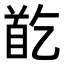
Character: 𩠓